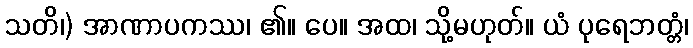
သတိ၊) အာဏာပကဿ၊ ၏။ ပေ။ အထ၊ သို့မဟုတ်။ ယံ ပုရေဘတ္တံ၊